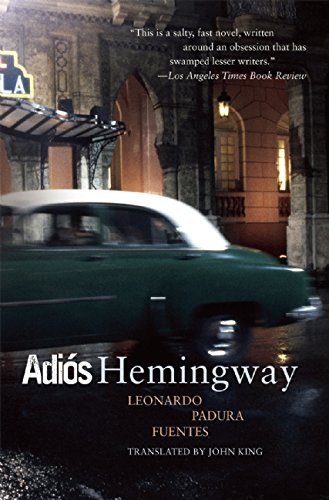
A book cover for Adios Hemingway; Leonardo Padura Fuentes; Literature & Fiction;